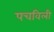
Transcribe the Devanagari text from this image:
पचविली